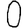
Digit: 0